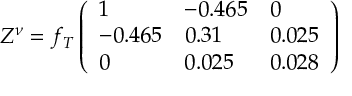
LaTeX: Z ^ { \nu } = f _ { T } \left( \begin{array} { l l l } { { 1 } } & { { - 0 . 4 6 5 } } & { { 0 } } \\ { { - 0 . 4 6 5 } } & { { 0 . 3 1 } } & { { 0 . 0 2 5 } } \\ { { 0 } } & { { 0 . 0 2 5 } } & { { 0 . 0 2 8 } } \end{array} \right)